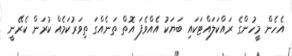
އެހެން މީހުންގެ ރައްކަލައްޓަކައި ބަޔަކު އެއްވެފަ އޮތް ތަނެއްގަ ތިވަރުކަމެއް ކުރަން ކެރޭނީ